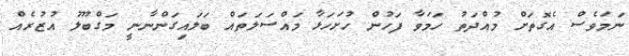
ނަމަވެސް އެގޮތަށް މުއްދަތު ހަމަވާ ފަހުން ހުށަހަޅާ މައްސަލަތައް ބަލައިގަންނާނީ މަގްބޫލު އުޒުރެއް